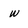
Character: W